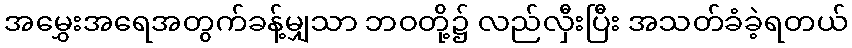
အမွှေးအရေအတွက်ခန့်မျှသာ ဘဝတို့၌ လည်လှီးပြီး အသတ်ခံခဲ့ရတယ်